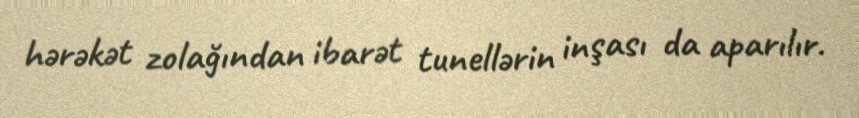
hərəkət zolağından ibarət tunellərin inşası da aparılır.